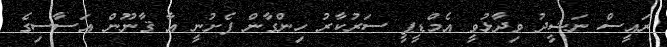
ރައީސް ނަޝީދު ވިދާޅުވީ އެމްޑީޕީ ސަރުކާރު ހިންގާން ފެށުނީ އާ ޤާނޫން އަސާސިގެ